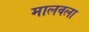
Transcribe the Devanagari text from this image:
मालवला